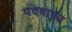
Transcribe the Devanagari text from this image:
पदवाक्य